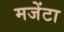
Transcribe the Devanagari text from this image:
मजेंटा